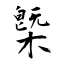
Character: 槩